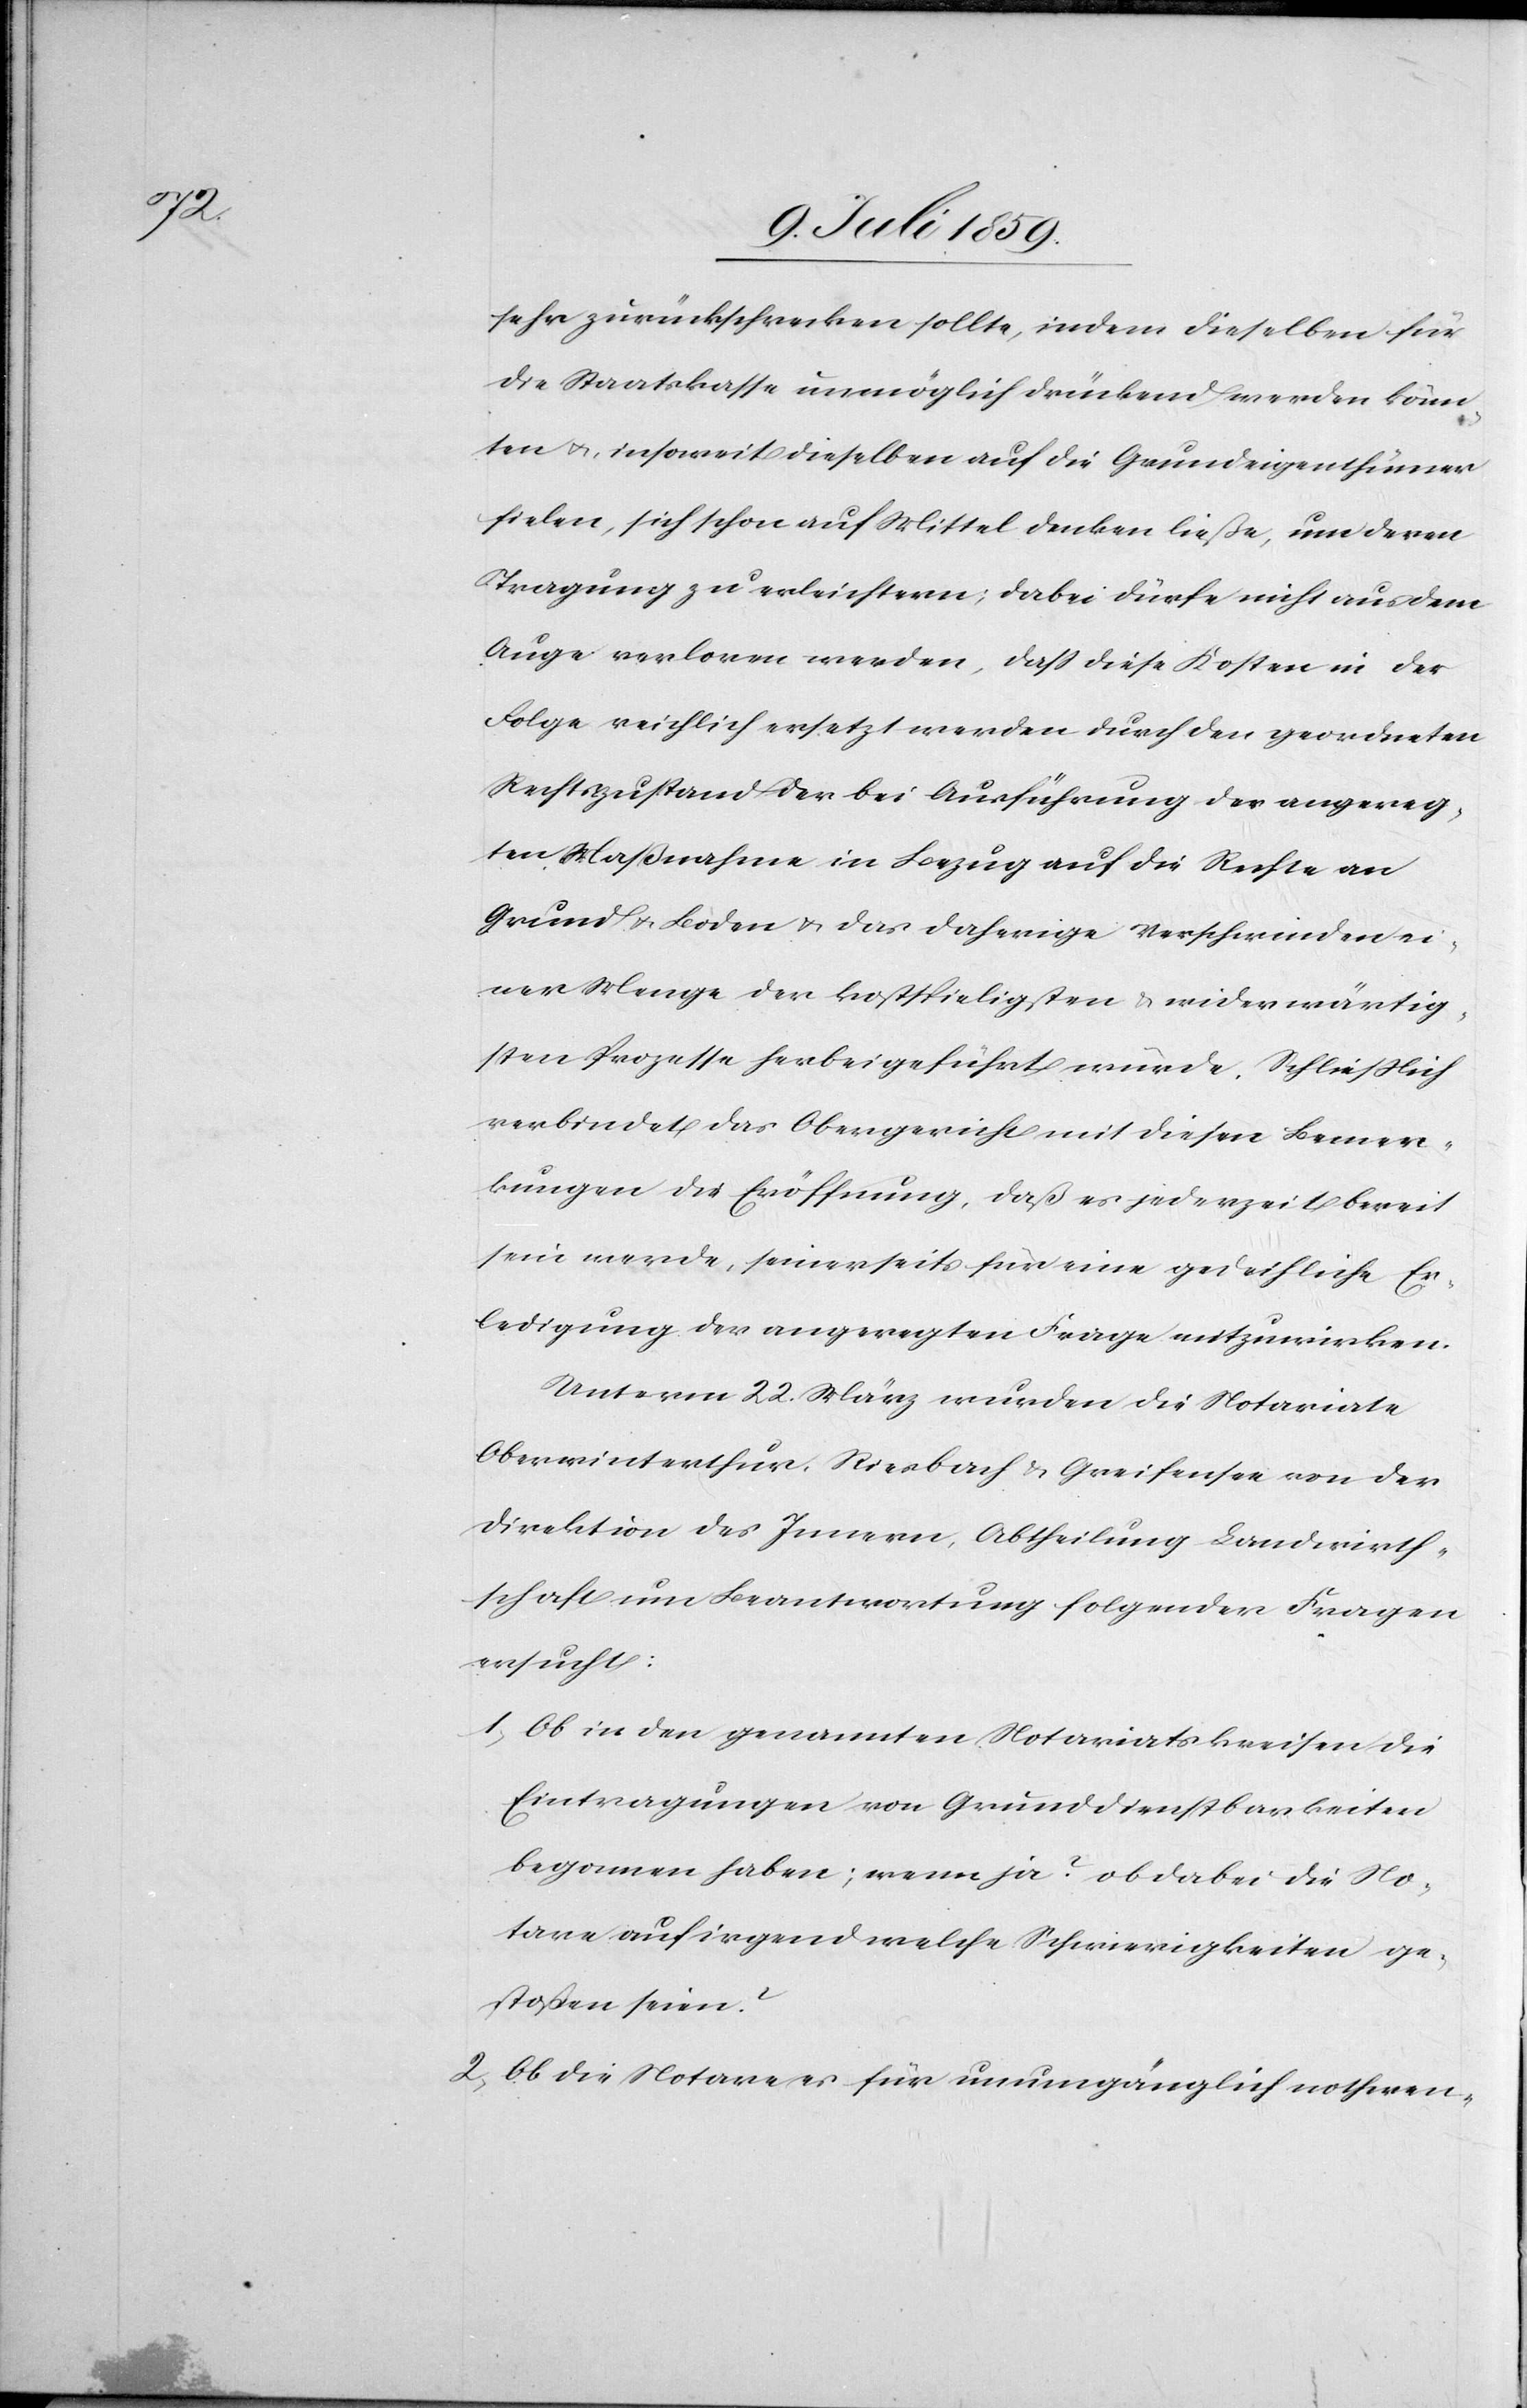
sehr zurückschrecken sollte, indem dieselben für
die Staatskasse unmöglich drückend werden könn¬
ten u., insoweit dieselben auf die Grundeigenthümer
fielen, sich schon auf Mittel decken ließe, um deren
Tragung zu erleichtern; dabei dürfte nicht aus dem
Auge verloren werden, daß diese Kosten in der
Folge reichlich ersetzt werden durch den geordneten
Rechtszustand der bei Ausführung der angereg¬
ten Maßnahme in Bezug auf die Rechte an
Grund u. Boden u. das daherige Verschwinden ei¬
ner Menge der kostspieligsten u. widerwärtig¬
sten Prozesse herbeigeführt würde. Schließlich
verbindet das Obergericht mit diesen Bemer¬
kungen die Eröffnung, daß es jederzeit bereit
sein werde, seinerseits für eine gedeihliche Er¬
ledigung der angeregten Frage mitzuwirken.
Unterm 22. März wurden die Notariate
Oberwinterthur, Riesbach u. Greifensee von der
Direktion des Innern, Abtheilung Landwirth¬
schaft um Beantwortung folgender Fragen
ersucht:
1) Ob in den genannten Notariatskreisen die
Eintragungen von Grunddienstbarkeiten
begonnen haben; wenn ja? ob dabei die No¬
tare auf irgend welche Schwierigkeiten ge¬
stoßen seien?
2) Ob die Notare es für unumgänglich nothwen-